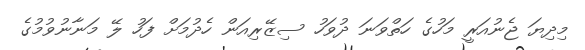
މިދިޔަ ޖެނުއަރީ މަހުގެ ހަތްވަނަ ދުވަހު ސިޒޭރިއަން ހެދުމަށް ފަހު ލޭ މަނާނުވުމުގެ